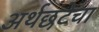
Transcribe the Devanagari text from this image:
अर्थछटेचा